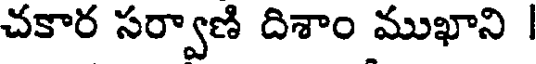
చకార సర్వాణి దిశాం ముఖాని